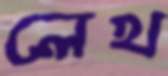
লেখ